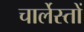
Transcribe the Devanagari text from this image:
चार्लेस्तों